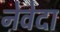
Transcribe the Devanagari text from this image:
नेवेदा